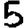
Digit: 5